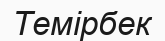
Темірбек